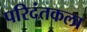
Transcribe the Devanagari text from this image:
परिदंतकला